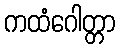
ကထံဂေါတ္တာ